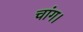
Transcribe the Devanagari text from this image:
चांग।